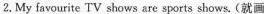
2.My favourite TV shows are \underline{sports shows}. (就画